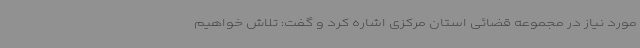
مورد نیاز در مجموعه قضائی استان مرکزی اشاره کرد و گفت: تلاش خواهیم